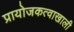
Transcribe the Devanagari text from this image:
प्रायोजकत्वाखाली